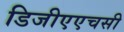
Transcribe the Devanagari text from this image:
डिजीएएचसी